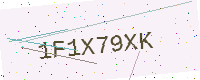
Text: 1F1X79XK